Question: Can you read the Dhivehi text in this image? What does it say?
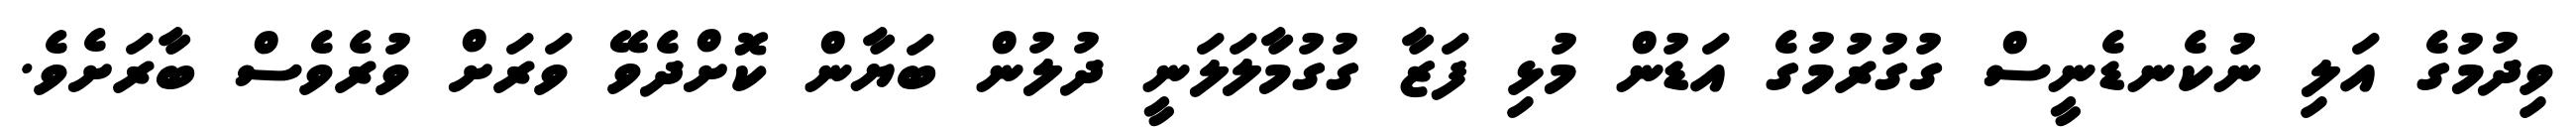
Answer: ވިދުމުގެ އަލި ނުކެނޑެނީސް ގުގުރުމުގެ އަޑުން މުޅި ފަޒާ ގުގުމާލަލަނީ ދުލުން ބަޔާން ކޮށްދެވޭ ވަރަށް ވުރެވެސް ބާރަށެވެ.